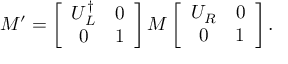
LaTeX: M ^ { \prime } = \left[ \begin{array} { c c } { { U _ { L } ^ { \dagger } } } & { { 0 } } \\ { { 0 } } & { { 1 } } \end{array} \right] M \left[ \begin{array} { c c } { { U _ { R } } } & { { 0 } } \\ { { 0 } } & { { 1 } } \end{array} \right] .